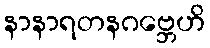
နာနာရတနဂဗ္ဘေဟိ